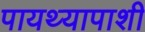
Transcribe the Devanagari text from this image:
पायथ्यापाशी